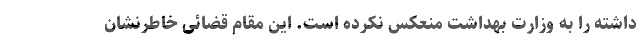
داشته را به وزارت بهداشت منعکس نکرده است. این مقام قضائی خاطرنشان